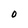
Character: 0